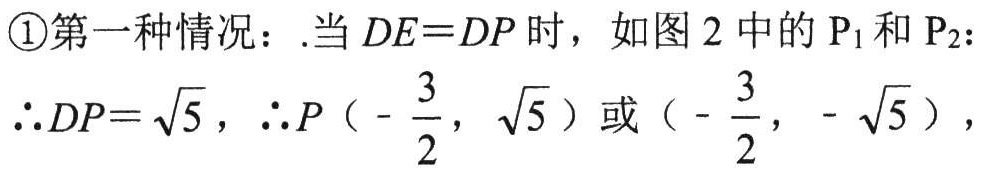
\textcircled{1}第一种情况：.当\(DE = DP\)时，如图2中的\(P_{1}\)和\(P_{2}\)：
\(\therefore DP=\sqrt{5}\)，\(\therefore P\left(-\frac{3}{2},\sqrt{5}\right)\)或\(\left(-\frac{3}{2},-\sqrt{5}\right)\)，